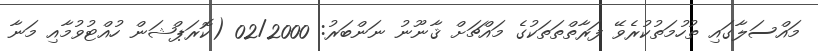
މައްސަލާގައި ތުހުމަތުކުރެވޭ ފަރާތްތަތަކުގެ މައްޗަށް ޤާނޫނު ނަންބަރު: 02/2000 (ކޮރަޕްޝަން ހުއްޓުވުމާއި މަނާ